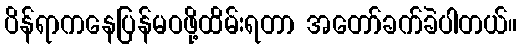
ပိန်ရာကနေပြန်မဝဖို့ထိမ်းရတာ အတော်ခက်ခဲပါတယ်။